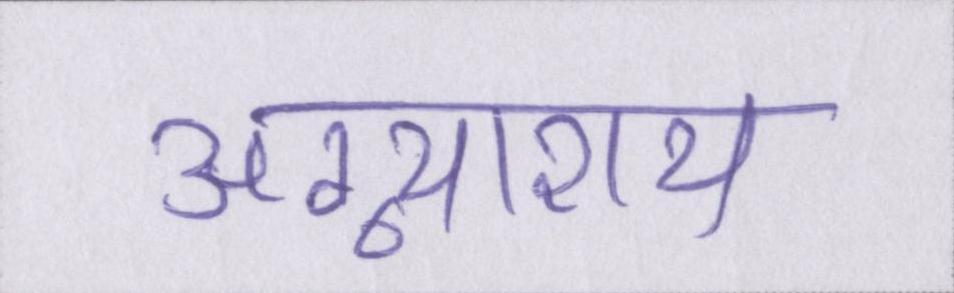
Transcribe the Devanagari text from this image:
अग्न्याशय